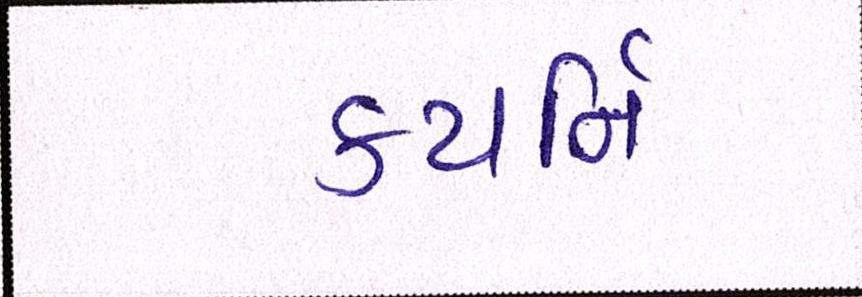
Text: કયર્નિી